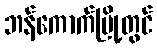
ဘန်ကောက်မြို့တွင်